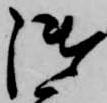
御